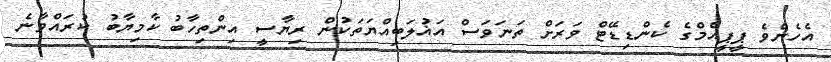
އެހެންވެ ޕީޕީއެމްގެ ކެންޑިޑޭޓް ވަރަށް ތަނަވަސް އަޣުލަބިއްޔަތަކުން ރިޔާސީ އިންތިހާބު ކާމިޔާބު ކުރައްވާނެ